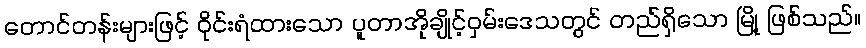
တောင်တန်းများဖြင့် ဝိုင်းရံထားသော ပူတာအိုချိုင့်ဝှမ်းဒေသတွင် တည်ရှိသော မြို့ ဖြစ်သည်။